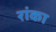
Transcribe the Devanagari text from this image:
रांका